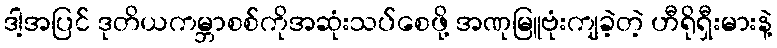
ဒါ့အပြင် ဒုတိယကမ္ဘာစစ်ကိုအဆုံးသပ်စေဖို့ အဏုမြူဗုံးကျခဲ့တဲ့ ဟီရိုရှီးမားနဲ့